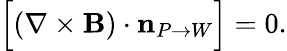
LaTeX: {\Big[}(\nabla\times\mathbf{B})\cdot\mathbf{n}_{P\rightarrow W}{\Big]}={0}.